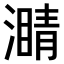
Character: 𤀜